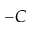
- C